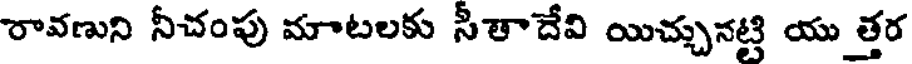
రావణుని నీచంపు మాటలకు సీతాదేవి యిచ్చునట్టి యు త్తర